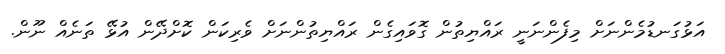
އަޅުގަނޑުމެންނަށް މިފެންނަނީ ރައްޔިތުން ގޮވައިގެން ރައްޔިތުންނަށް ވެރިކަން ކޮށްދޭން އުޅޭ ތަނެއް ނޫން.